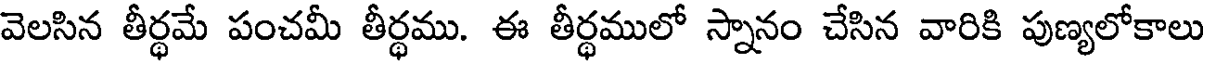
వెలసిన తీర్థమే పంచమీ తీర్థము. ఈ తీర్థములో స్నానం చేసిన వారికి పుణ్యలోకాలు